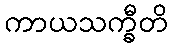
ကာယသက္ခီတိ